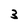
Character: 3